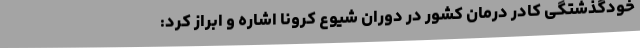
خودگذشتگی کادر درمان کشور در دوران شیوع کرونا اشاره و ابراز کرد: